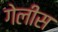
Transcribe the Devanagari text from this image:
गेलीस